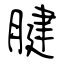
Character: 腱